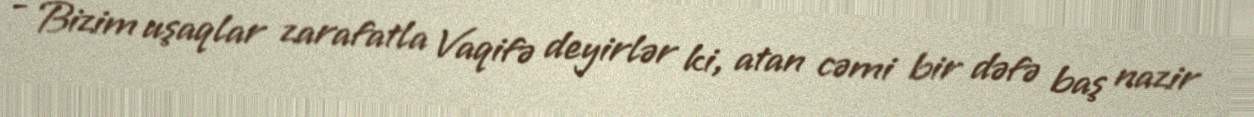
- Bizim uşaqlar zarafatla Vaqifə deyirlər ki, atan cəmi bir dəfə baş nazir